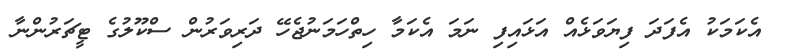
އެކަމަކު އެފަދަ ފިޔަވަޅެއް އަޅައިފި ނަމަ އެކަމާ ހިތްހަމަނުޖެހޭ ދަރިވަރުން ސްކޫލުގެ ޓީޗަރުންނާ